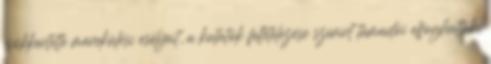
csökkentette menekülési esélyeit, a kutatók feltételezése szerint támadói elfoghatták,